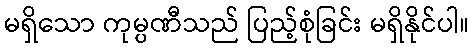
မရှိသော ကုမ္ပဏီသည် ပြည့်စုံခြင်း မရှိနိုင်ပါ။